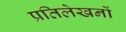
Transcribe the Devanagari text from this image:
प्रतिलेखनों